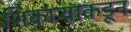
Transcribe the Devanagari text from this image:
शिकाऱ्याकडून